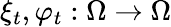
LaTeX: \xi_{t},\varphi_{t}:\Omega\to\Omega